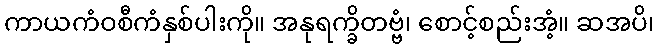
ကာယကံဝစီကံနှစ်ပါးကို။ အနုရက္ခိတဗ္ဗံ၊ စောင့်စည်းအံ့။ ဆအပိ၊